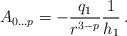
LaTeX: \begin{align*}A_{0\ldots p} = - \frac{q_1}{r^{3-p}}\frac{1}{h_1} \,.\end{align*}